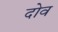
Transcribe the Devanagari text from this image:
दोव